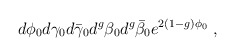
\begin{align*}d\phi_0 d\gamma_0 d\bar{\gamma}_0 d^g\beta_0 d^g\bar{\beta}_0 e^{2(1-g)\phi_0} ~, \end{align*}